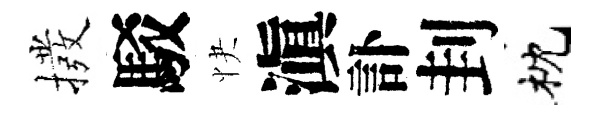
撥駁快滇訃刲枕